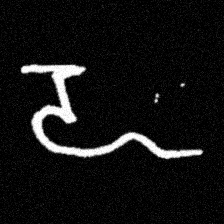
Pyu character \u2014 Myanmar letter: ဍ (romanized: dda)